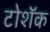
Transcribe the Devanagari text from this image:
टोशॅक